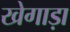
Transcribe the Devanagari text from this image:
खेगाड़ा